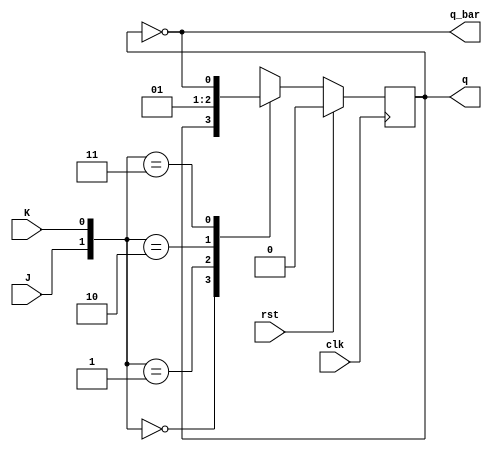
module jk_ff(q,q_bar,J,K,clk,rst);
input clk,rst,J,K;
output reg q;
output q_bar;

always@(posedge clk)
begin
if(!rst) begin
  case({J,K})
    2'b00: q <= q;
  2'b01: q <= 1'b0;
  2'b10: q <= 1'b1;
  2'b11: q <= ~q;
  endcase
end
else
q <= 1'b0;
end

assign q_bar = ~q;
endmodule

module t_ff(q,qbar,t,clk,rst);
    input t,clk,rst;
    output q,qbar;
    jk_ff a11(q,qbar,t,t,clk,rst);

endmodule